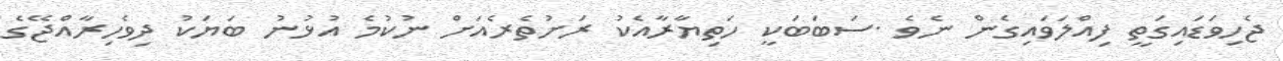
ޖެހިވަޑައިގަތީ ފިއްލަވައިގެން ނެވެ .ސަބަބަކީ ހަތިޔާރާއެކު ރަށުތެރެއަށް ނުކުމެ އުޅުނު ބަޔަކު ދިވެހިރާއްޖޭގެ